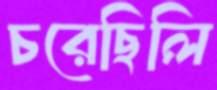
চরেছিলি